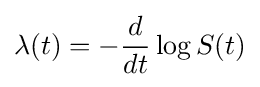
\lambda (t)=-{\frac {d}{dt}}\log S(t)